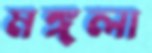
মঙ্গলা